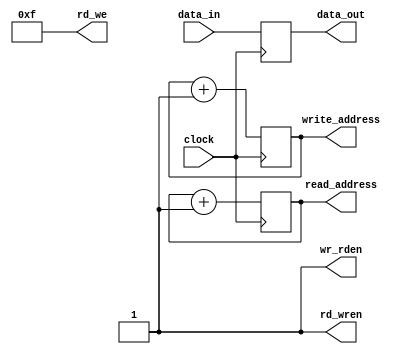
`timescale 1ns / 1ps
//////////////////////////////////////////////////////////////////////////////////
// Company: 
// Engineer: 
// 
// Design Name: 
// Module Name: user_application
// Project Name: 
// Target Devices: 
// Tool Versions: 
// Description: 
// 
// Dependencies: 
// 
// Revision:
// Revision 0.01 - File Created
// Additional Comments:
// 
//////////////////////////////////////////////////////////////////////////////////


module user_application(
    input [31:0] data_in,
    output reg [31:0] data_out,
    output reg [9:0] read_address,
    output reg [9:0] write_address,
    output reg [3:0] rd_we,
    output reg rd_wren,
    input clock,
    output reg wr_rden
    );
    
    initial begin
    read_address <= -1;
    write_address <= -2;
    rd_wren <= 1;
    wr_rden <= 1;
    rd_we <= 4'hf;
    data_out<=0;
    end
    
    always @ (negedge clock)
    begin
                read_address<=read_address + 1;
                write_address <= write_address + 1;
                data_out <= data_in;   
    end
    
    
endmodule